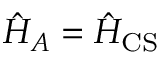
\hat { H } _ { A } = \hat { H } _ { \mathrm { C S } }